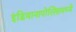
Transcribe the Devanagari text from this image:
इंडियानापोलिसमध्ये